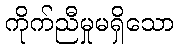
ကိုက်ညီမှုမရှိသော